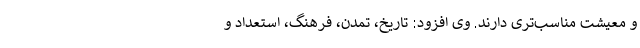
و معیشت مناسب‌تری دارند. وی افزود: تاریخ، تمدن، فرهنگ، استعداد و